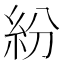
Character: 紛